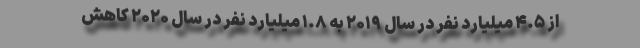
از ۴.۵ میلیارد نفر در سال ۲۰۱۹ به ۱.۸ میلیارد نفر در سال ۲۰۲۰ کاهش